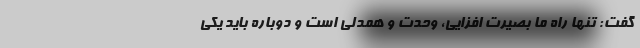
گفت: تنها راه ما بصیرت افزایی، وحدت و همدلی است و دوباره باید یکی